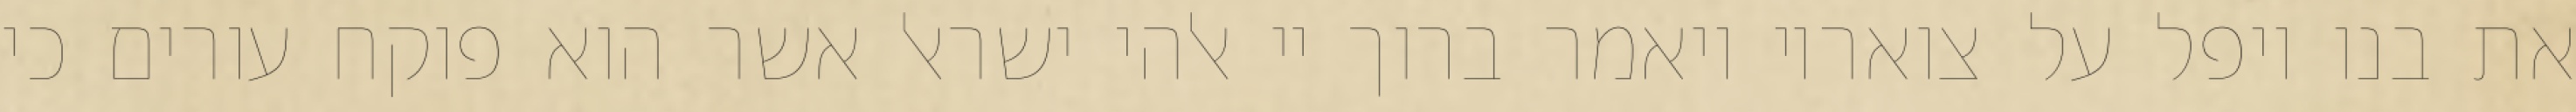
את בנו ויפל על צואריו ויאמר ברוך יי אלהי ישראל אשר הוא פוקח עורים כי